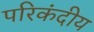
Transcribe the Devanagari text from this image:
परिकंदीय